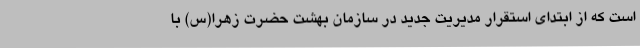
است که از ابتدای استقرار مدیریت جدید در سازمان بهشت حضرت زهرا(س) با